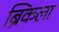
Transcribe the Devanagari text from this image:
ब्रिकला